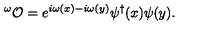
^ \omega { \cal O } = e ^ { i \omega ( x ) - i \omega ( y ) } \psi ^ { \dagger } ( x ) \psi ( y ) .